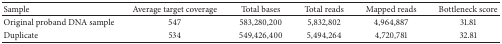
<table><thead><tr><td><b>Sample</b></td><td><b>Average target coverage</b></td><td><b>Total bases </b></td><td><b>Total reads </b></td><td><b>Mapped reads</b></td><td><b>Bottleneck score</b></td></tr></thead><tbody><tr><td>Original proband DNA sample </td><td>547 </td><td>583,280,200 </td><td>5,832,802 </td><td>4,964,887 </td><td>31.81 </td></tr><tr><td>Duplicate</td><td>534 </td><td>549,426,400 </td><td>5,494,264 </td><td>4,720,781 </td><td>32.81 </td></tr></tbody></table>